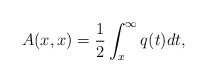
\begin{align*}A(x,x)=\frac{1}{2}\int_{x}^{\infty}q(t)dt, \end{align*}